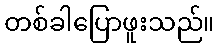
တစ်ခါပြောဖူးသည်။